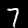
Label: 7